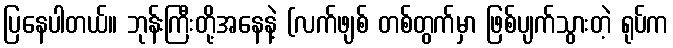
ပြနေပါတယ်။ ဘုန်းကြီးတို့အနေနဲ့ (လက်ဖျစ် တစ်တွက်မှာ ဖြစ်ပျက်သွားတဲ့ ရုပ်က